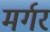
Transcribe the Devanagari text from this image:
मर्गर